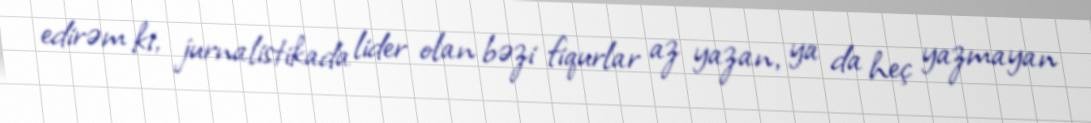
edirəm ki, jurnalistikada lider olan bəzi fiqurlar az yazan, ya da heç yazmayan